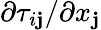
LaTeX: \partial{\tau_{i\mathbf{j}}}/\partial{x_{\mathbf{j}}}